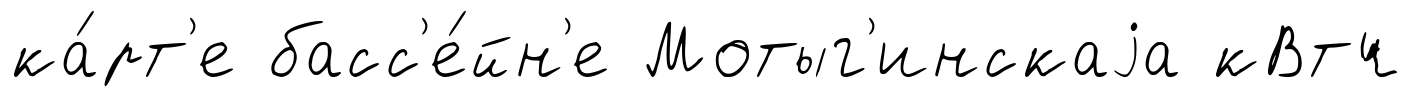
ка́рт'е басс'е́йн'е Мотыг'инскаjа кВтч